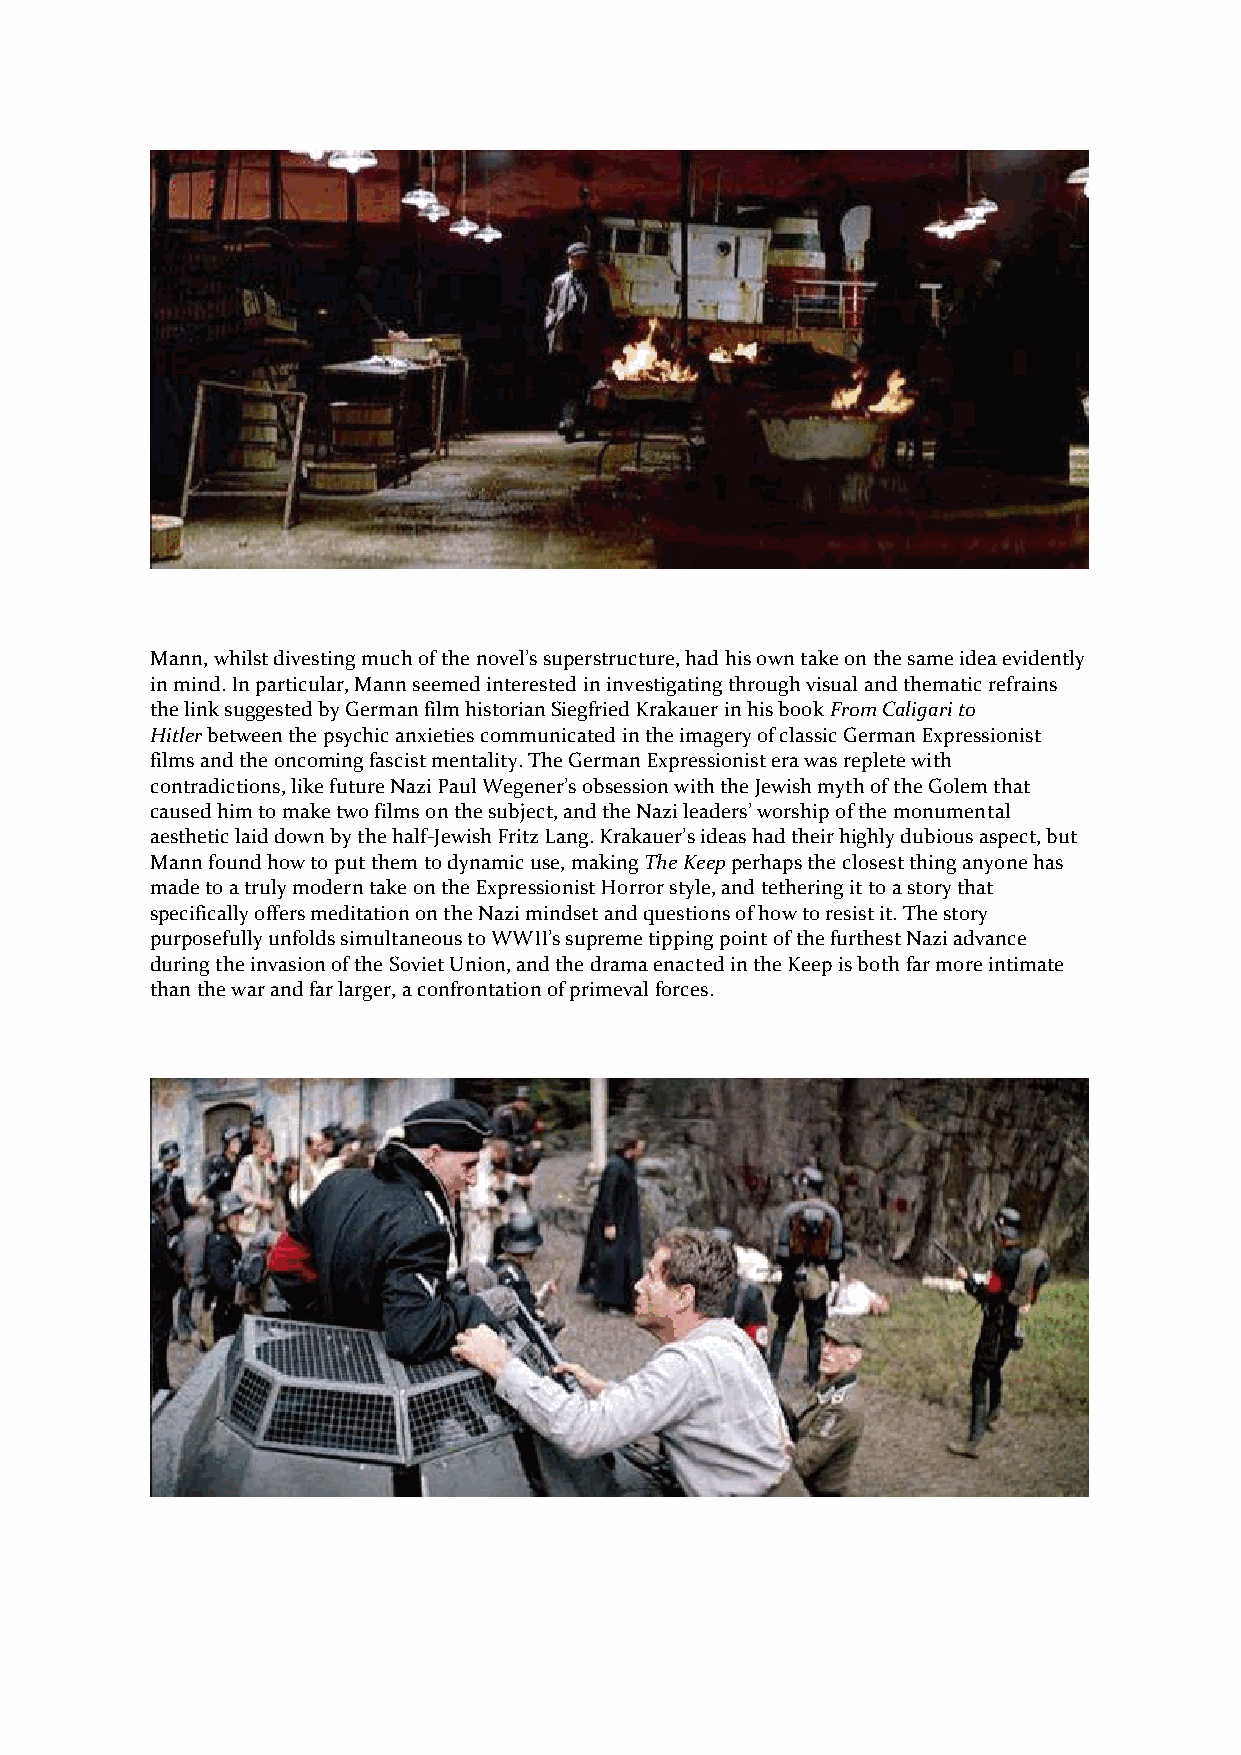
Mann, whilst divesting much of the novel’s superstructure, had his own take on the same idea evidently
 in mind. In particular, Mann seemed interested in investigating through visual and thematic refrains
 the link suggested by German film historian Siegfried Krakauer in his book From Caligari to
 Hitler between the psychic anxieties communicated in the imagery of classic German Expressionist
 films and the oncoming fascist mentality. The German Expressionist era was replete with
 contradictions, like future Nazi Paul Wegener’s obsession with the Jewish myth of the Golem that
 caused him to make two films on the subject, and the Nazi leaders’ worship of the monumental
 aesthetic laid down by the half-Jewish Fritz Lang. Krakauer’s ideas had their highly dubious aspect, but
 Mann found how to put them to dynamic use, making The Keep perhaps the closest thing anyone has
 made to a truly modern take on the Expressionist Horror style, and tethering it to a story that
 specifically offers meditation on the Nazi mindset and questions of how to resist it. The story
 purposefully unfolds simultaneous to WWII’s supreme tipping point of the furthest Nazi advance
 during the invasion of the Soviet Union, and the drama enacted in the Keep is both far more intimate
 than the war and far larger, a confrontation of primeval forces.